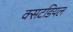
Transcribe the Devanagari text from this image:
क्सटडियल